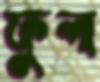
ফুল